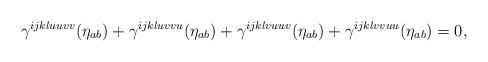
LaTeX: \begin{align*}\gamma^{ijkluuvv}(\eta_{ab})+\gamma^{ijkluvvu}(\eta_{ab})+\gamma^{ijklvuuv}(\eta_{ab})+\gamma^{ijklvvuu}(\eta_{ab})=0,\end{align*}